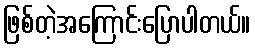
ဖြစ်တဲ့အကြောင်းပြောပါတယ်။